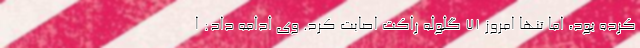
کرده بود، اما تنها امروز ۷۱ گلوله راکت اصابت کرد. وی ادامه داد: ا